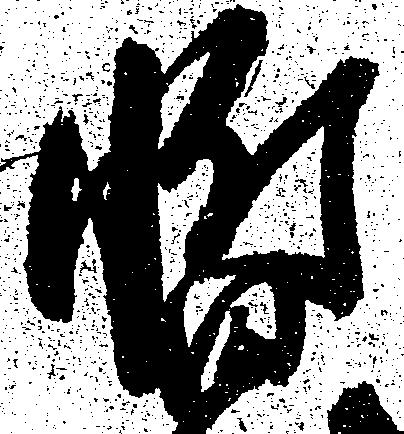
暫